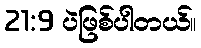
21:9 ပဲဖြစ်ပါတယ်။